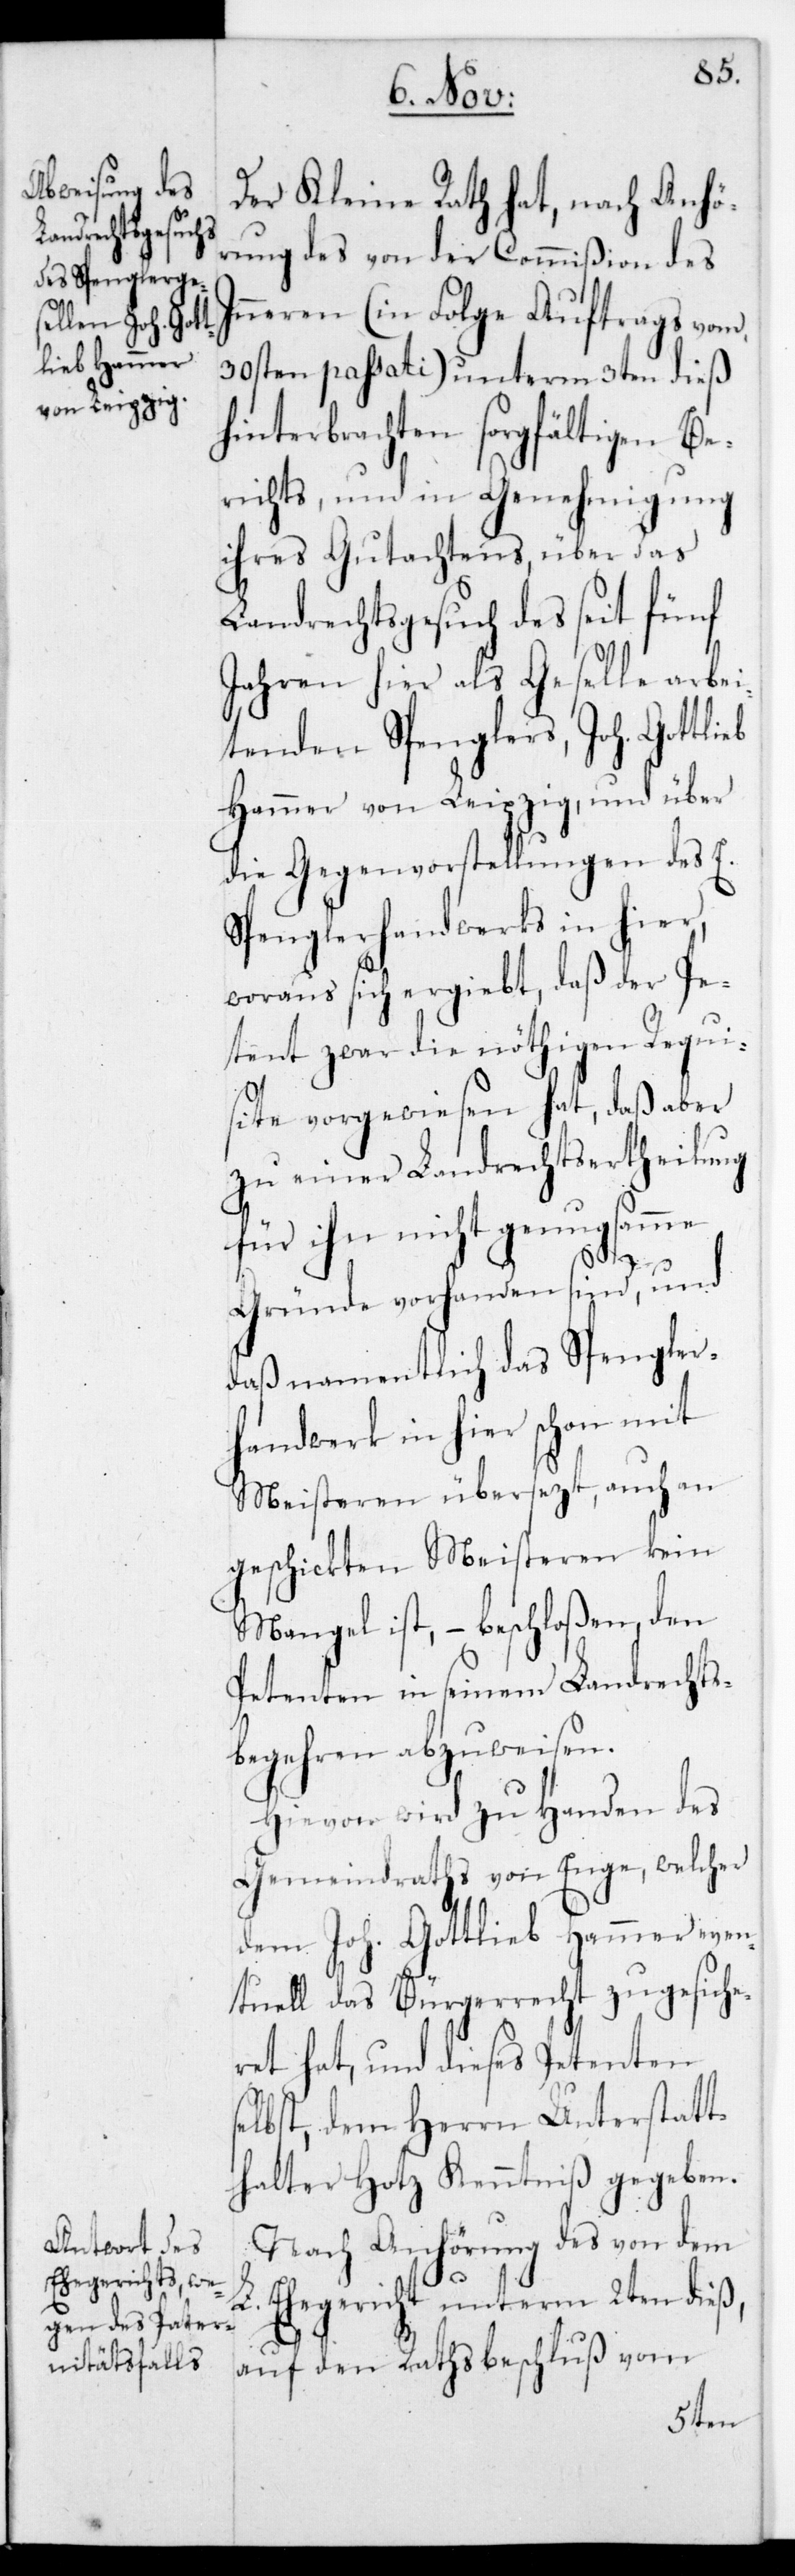
Der Kleine Rath hat, nach Anhö¬
rung des von der Commißion des
Inneren (in Folge Auftrags vom
30sten passati) unterm 3ten dieß
hinterbrachten sorgfältigen Be¬
richts, und in Genehmigung
ihres Gutachtens, über das
Landrechtsgesuch des seit fünf
Jahren hier als Geselle arbei¬
tenden Spenglers, Joh. Gottlieb
Hammer von Leipzig, und über
die Gegenvorstellungen des E.
Spenglerhandwerks in hier,
woraus sich ergiebt, daß der Pe¬
tent zwar die nöthigen Requi¬
site vorgewiesen hat, daß aber
zu einer Landrechtsertheilung
für ihn nicht genugsamme
Gründe vorhanden sind, und
daß namentlich das Spengler¬
handwerk in hier schon mit
Meisteren übersetzt, auch an
geschickten Meisteren kein
Mangel ist, – beschloßen, den
Petenten in seinem Landrechts¬
begehren abzuweisen.
Hievon wird zu Handen des
Gemeindraths von Enge, welcher
dem Joh. Gottlieb Hammer even¬
tuell das Bürgerrecht zugesiche¬
ret hat, und dieses Petenten
selbst, dem Herrn Unterstatt¬
halter Hotz Kenntniß gegeben.
Nach Anhörung des von dem
Ehegericht unterm 2ten dieß,
auf den Rathsbeschluß vom